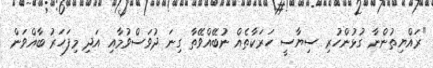
"ރައްޔިތުންނާ ގުޅުންހުރި ސިޔާސީ ހަރަކާތެއް ނުބޭއްވޭތާ ގިނަ ދުވަސްވުމާއި އަދި މިފަހަރު ބާއްވަން